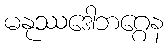
မနုဿဒေါဘဂ္ဂေန